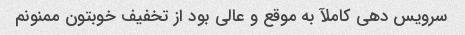
سرویس دهی کاملآ به موقع و عالی بود از تخفیف خوبتون ممنونم